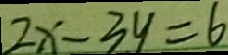
2 x - 3 y = 6